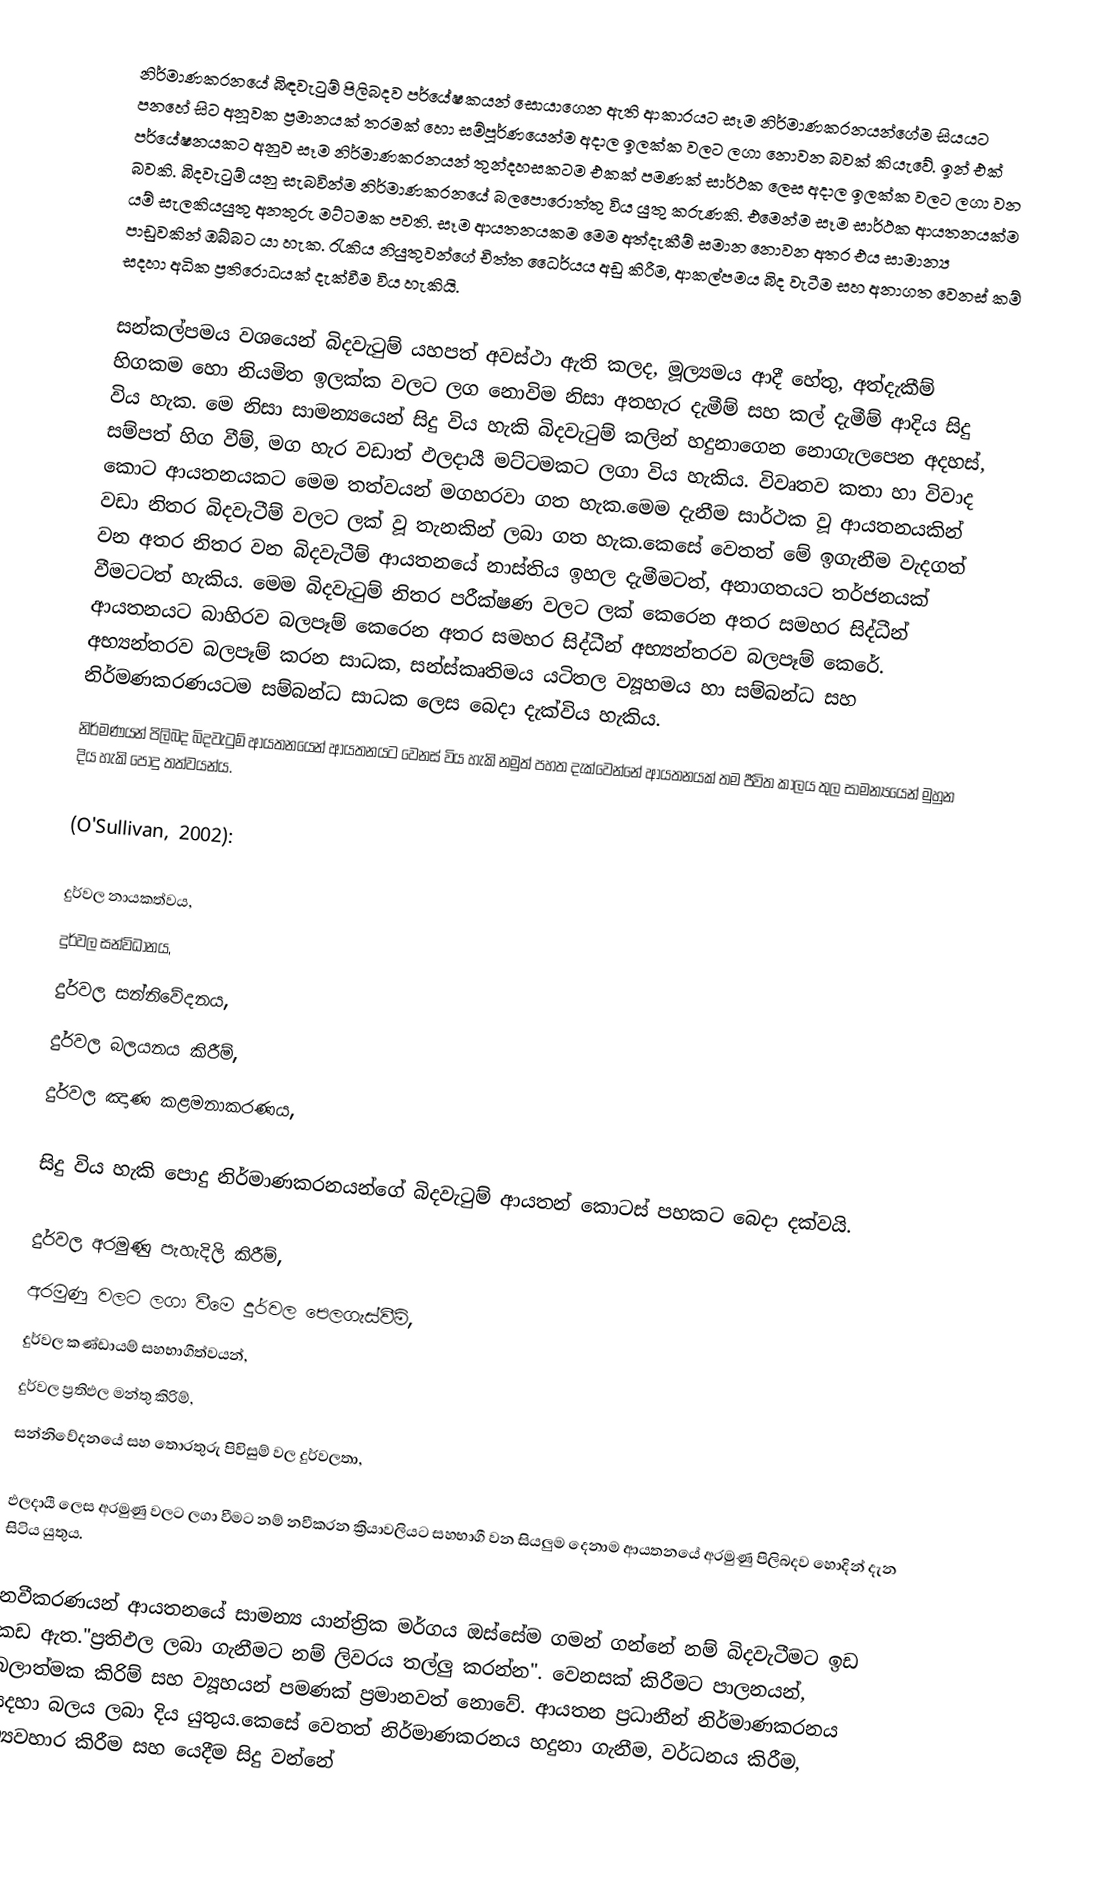
නිර්මාණකරනයේ බිඳවැටුම් පිලිබදව පර්යේෂකයන් සොයාගෙන ඇති ආකාරයට සෑම නිර්මාණකරනයන්ගේම සියයට පනහේ සිට අනූවක ප්‍රමානයක් තරමක් හො සම්පූර්ණයෙන්ම අදාල ඉලක්ක වලට ලගා නොවන බවක් කියැවේ. ඉන් එක් පර්යේෂනයකට අනුව සෑම නිර්මාණකරනයන් තුන්දහසකටම එකක් පමණක් සාර්ථක ලෙස අදාල ඉලක්ක වලට ලගා වන බවකි. බිදවැටුම් යනු සැබවින්ම නිර්මාණකරනයේ බලපොරොත්තු විය යුතු කරුණකි. එමෙන්ම සෑම සාර්ථක ආයතනයක්ම යම් සැලකියයුතු අනතුරු මට්ටමක පවති. සෑම ආයතනයකම මෙම අත්දැකීම් සමාන නොවන අතර එය සාමාන්‍ය පාඩුවකින් ඔබ්බට යා හැක. රැකිය නියුතුවන්ගේ චිත්ත ධෛර්යය අඩු කිරීම, ආකල්පමය බිද වැටීම සහ අනාගත වෙනස් කම් සදහා අධික ප්‍රතිරොධයක් දැක්වීම විය හැකියි.

සන්කල්පමය වශයෙන් බිදවැටුම් යහපත් අවස්ථා ඇති කලද, මූල්‍යමය ආදී හේතු, අත්දැකීම් හිගකම හො නියමිත ඉලක්ක වලට ලග නොවිම  නිසා අතහැර දැමීම් සහ කල් දැමීම් ආදිය සිදු විය හැක. මෙ නිසා සාමන්‍යයෙන් සිදු විය හැකි බිදවැටුම් කලින් හදුනාගෙන නොගැලපෙන අදහස්, සම්පත් හිග වීම්, මග හැර වඩාත් ඵලදායී මට්ටමකට ලගා විය හැකිය. විවෘත‍ව කතා හා විවාද කොට ආයතනයකට මෙම තත්වයන් මගහරවා ගත හැක.මෙම දැනීම සාර්ථක වූ ආයතනයකින් වඩා නිතර බිදවැටීම් වලට ලක් වූ තැනකින් ලබා ගත හැක.කෙසේ වෙතත් මේ ඉගැනීම වැදගත් වන අතර නිතර වන බිදවැටීම් ආයතනයේ නාස්තිය ඉහල දැමීමටත්, අනාගතයට තර්ජනයක් වීමටටත් හැකිය. මෙම බිදවැටුම් නිතර පරීක්ෂණ වලට ලක් කෙරෙන අතර සමහර සිද්ධීන් ආයතනයට බාහිරව බලපෑම් කෙරෙන අතර සමහර සිද්ධීන් අභ්‍යන්තරව බලපෑම් කෙරේ. අභ්‍යන්තරව බලපෑම් කරන සාධක, සන්ස්කෘතිමය යටිතල ව්‍යූහමය හා සම්බන්ධ සහ නිර්මණකරණයටම සම්බන්ධ සාධක ලෙස බෙදා දැක්විය හැකිය.
නිර්මණයන් පිලිබද බිදවැටුම් ආයතනයෙන් ආයතනයට වෙනස් විය හැකි නමුත් පහත දැක්වෙන්නේ ආයතනයක් තම ජීවිත කාලය තුල සාමන්‍යයෙන් මුහුන දිය හැකි පොදු තත්වයන්ය.

(O'Sullivan, 2002):

 දුර්වල නායකත්වය,
 දුර්වල සන්විධානය,
 දුර්වල සන්නිවේදනය,
 දුර්වල බලයනය කිරීම්,
 දුර්වල ඤාණ කළමනාකරණය,

සිදු විය හැකි පොදු නිර්මාණකරනයන්ගේ බිදවැටුම් ආයතන් කොටස් පහකට බෙදා දක්වයි.

 දුර්වල අරමුණු පැහැදිලි කිරීම්,
 අරමුණු වලට ලගා වීමෙ දුර්වල පෙලගැස්වීම්,
 දුර්වල කණ්ඩායම් සහභාගීත්වයන්,
 දුර්වල ප්‍රතිඵල මන්තු කිරිම්,
 සන්නිවේදනයේ සහ තොරතුරු පිවිසුම් වල දුර්වලතා,

ඵලදායී ලෙස අරමුණු වලට ලගා වීමට නම් නවීකරන ක්‍රියාවලියට සහභාගී වන සියලුම දෙනාම ආයතනයේ අරමුණු පිලිබදව හොදින් දැන සිටිය යුතුය.

නවීකරණයන් ආයතනයේ සාමන්‍ය යාන්ත්‍රික මර්ගය ඔස්සේම ගමන් ගන්නේ නම් බිදවැටීමට ඉඩ කඩ ඇත."ප්‍රතිඵල ලබා ගැනීමට නම් ලිවරය තල්ලු කරන්න".  වෙනසක් කිරීමට පාලනයන්, බලාත්මක කිරිම් සහ ව්‍යූහයන් පමණක් ප්‍රමානවත් නොවේ. ආයතන ප්‍රධානීන් නිර්මාණකරනය සදහා බලය ලබා දිය යුතුය.කෙසේ වෙතත් නිර්මාණකරනය හදුනා ගැනීම, වර්ධනය කිරීම, ව්‍යවහාර කිරීම සහ යෙදීම සිදු වන්නේ